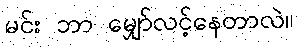
မင်း ဘာ မျှော်လင့်နေတာလဲ။